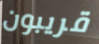
قريبون